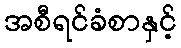
အစီရင်ခံစာနှင့်